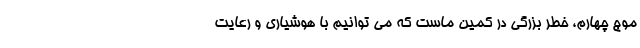
موج چهارم، خطر بزرگی در کمین ماست که می توانیم با هوشیاری و رعایت